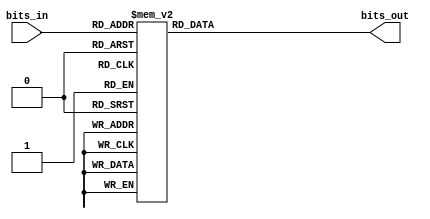
// THIS WAS COPIED FOR REFERENCE AND IS BASICALLY A PLACEHOLDER FOR THIS FOLDER //

// ECE 5440
// Module: Decoder_7seg
// Description: Convert a 4-bit number to a 7-bit 7-segment representation

module Decoder_7seg(bits_in, bits_out);
    input [3:0] bits_in;
    output [6:0] bits_out;
    reg [6:0] bits_out;

    always @(bits_in) begin
        case (bits_in)
            4'b0000: begin bits_out = 7'b1000000; end // 0
            4'b0001: begin bits_out = 7'b1111001; end // 1
            4'b0010: begin bits_out = 7'b0100100; end // 2
            4'b0011: begin bits_out = 7'b0110000; end // 3
            4'b0100: begin bits_out = 7'b0011001; end // 4
            4'b0101: begin bits_out = 7'b0010010; end // 5
            4'b0110: begin bits_out = 7'b0000010; end // 6
            4'b0111: begin bits_out = 7'b1111000; end // 7
            4'b1000: begin bits_out = 7'b0000000; end // 8
            4'b1001: begin bits_out = 7'b0010000; end // 9
            4'b1010: begin bits_out = 7'b0001000; end // A
            4'b1011: begin bits_out = 7'b0000011; end // B
            4'b1100: begin bits_out = 7'b1000110; end // C
            4'b1101: begin bits_out = 7'b0100001; end // D
            4'b1110: begin bits_out = 7'b0000110; end // E
            4'b1111: begin bits_out = 7'b0001110; end // F
            default: begin bits_out = 7'b0110110; end //  (unknown)
        endcase
    end
endmodule